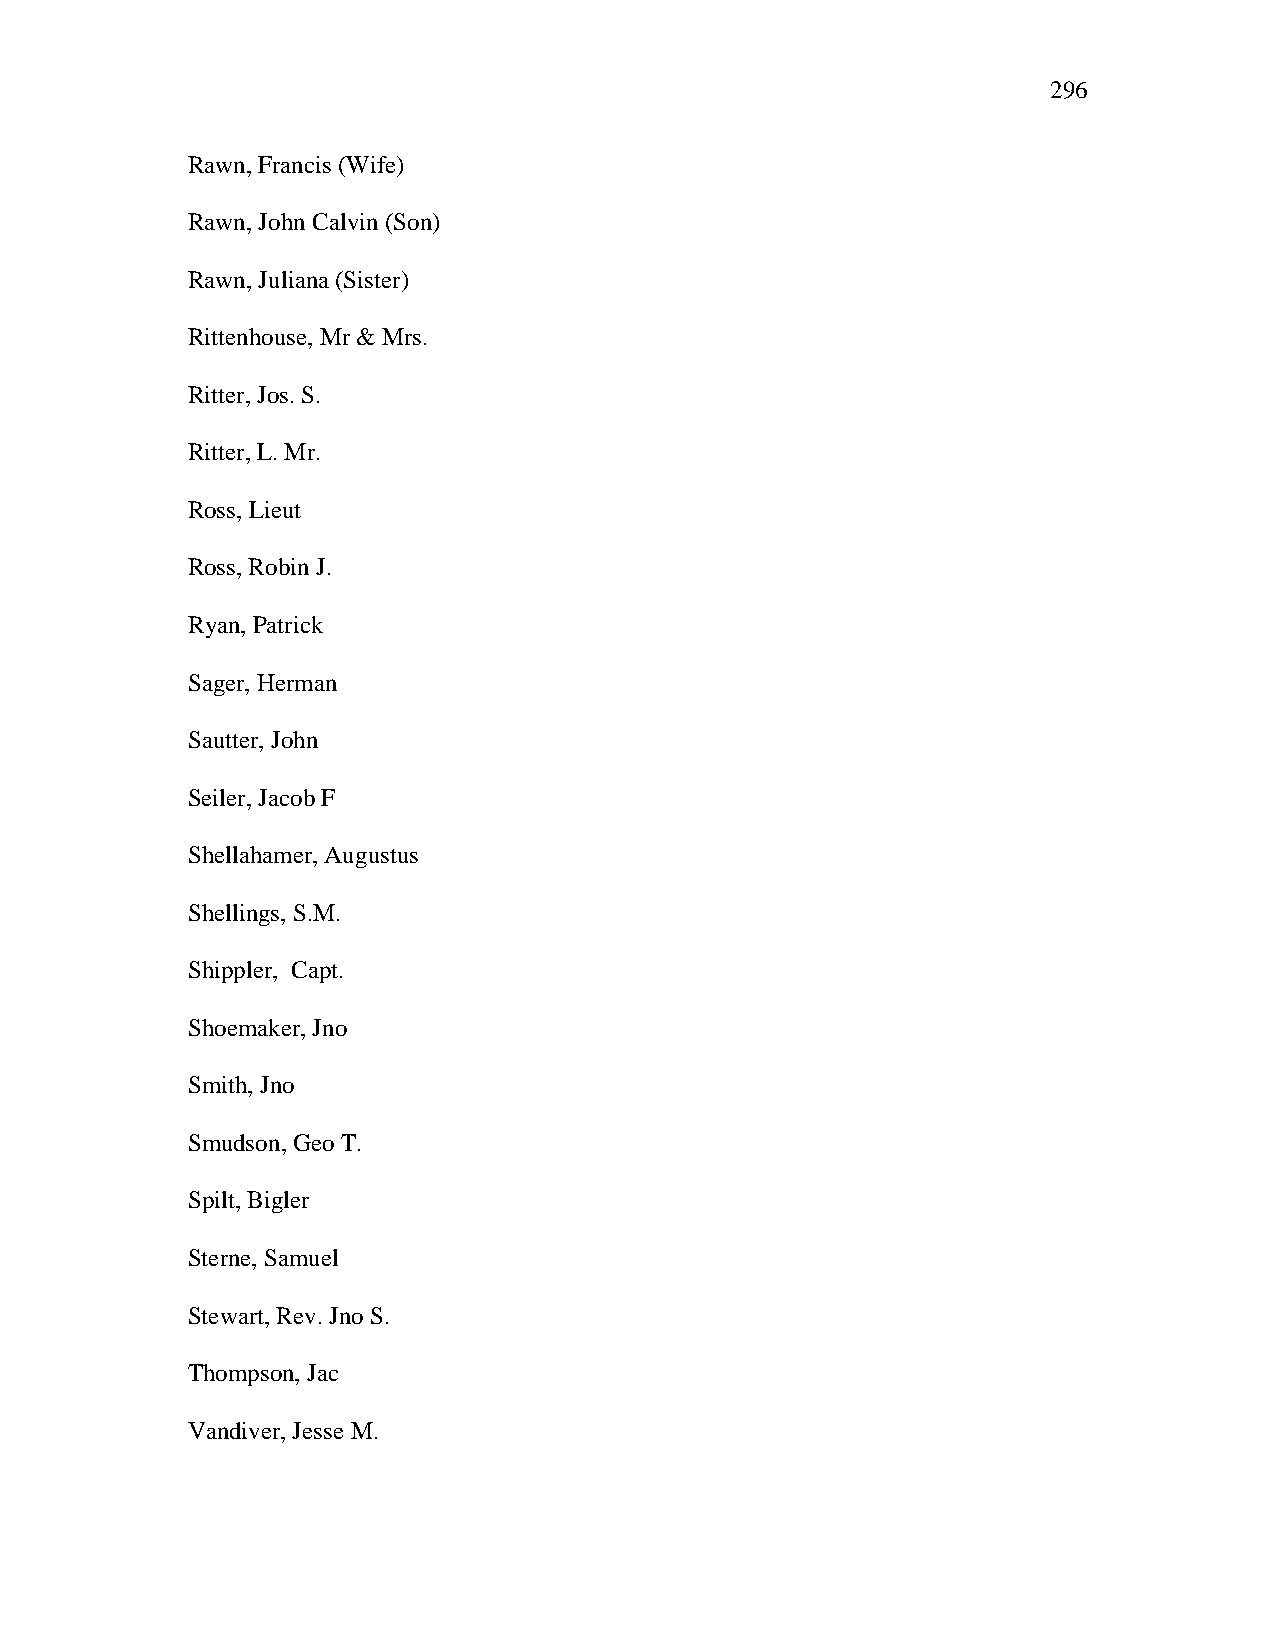
296
 Rawn, Francis (Wife)
 Rawn, John Calvin (Son)
 Rawn, Juliana (Sister)
 Rittenhouse, Mr & Mrs.
 Ritter, Jos. S.
 Ritter, L. Mr.
 Ross, Lieut
 Ross, Robin J.
 Ryan, Patrick
 Sager, Herman
 Sautter, John
 Seiler, Jacob F
 Shellahamer, Augustus
 Shellings, S.M.
 Shippler, Capt.
 Shoemaker, Jno
 Smith, Jno
 Smudson, Geo T.
 Spilt, Bigler
 Sterne, Samuel
 Stewart, Rev. Jno S.
 Thompson, Jac
 Vandiver, Jesse M.